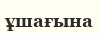
ұшағына